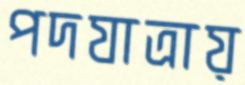
পদযাত্রায়